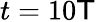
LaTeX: t=10\mathsf{T}